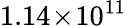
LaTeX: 1.14\! \times\! 10^{11}